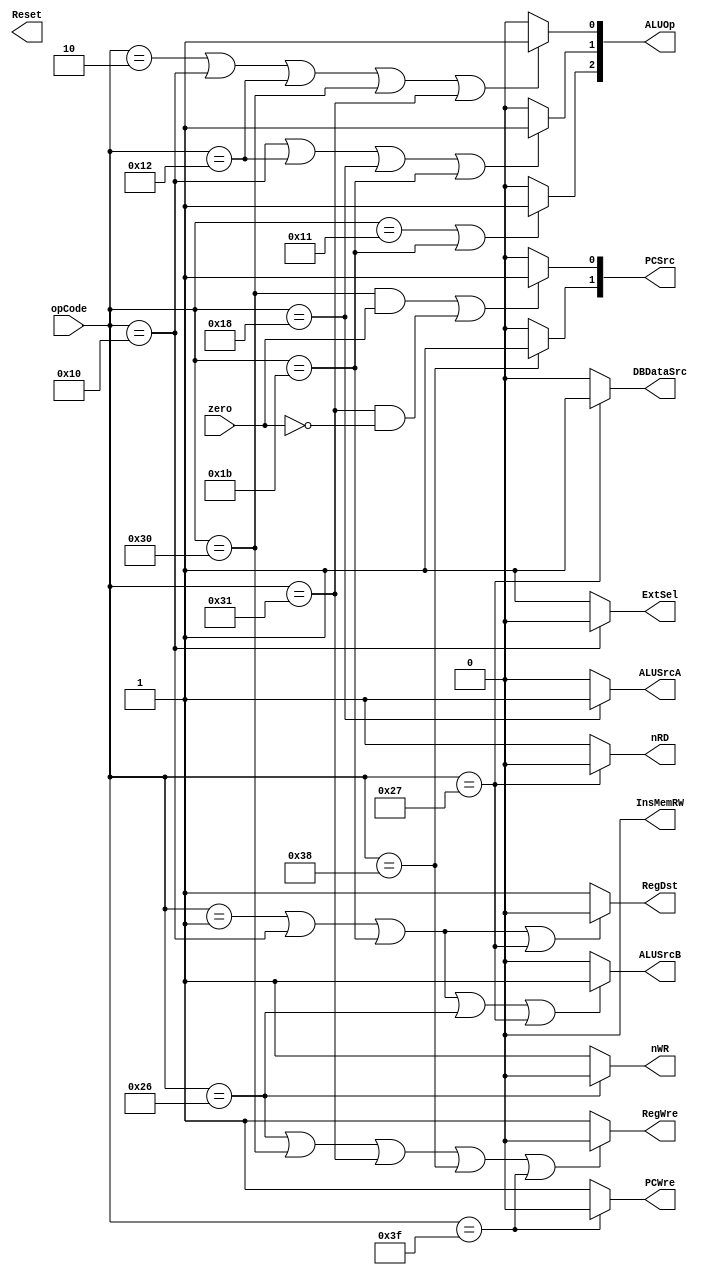
`timescale 1ns / 1ps
//////////////////////////////////////////////////////////////////////////////////
// Company: 
// Engineer: 
// 
// Design Name: 
// Module Name: ControlUnit
// Project Name: 
// Target Devices: 
// Tool Versions: 
// Description: 
// 
// Dependencies: 
// 
// Revision:
// Revision 0.01 - File Created
// Additional Comments:
// 
//////////////////////////////////////////////////////////////////////////////////


module ControlUnit(
    input [5:0] opCode,
    input zero,
    output Reset,
    output PCWre,
    output ALUSrcA,
    output ALUSrcB,
    output DBDataSrc,
    output RegWre,
    output InsMemRW,
    output nRD,
    output nWR,
    output RegDst,
    output ExtSel,
    output [1:0] PCSrc,
    output [2:0] ALUOp
    );
    
    //assign Reset = 1;
    assign PCWre = (opCode == 6'b111111) ? 0 : 1;
    assign ALUSrcA = (opCode == 6'b011000) ? 1 : 0;
    assign ALUSrcB = (opCode == 6'b000001 || opCode == 6'b010000 || opCode == 6'b011011 || opCode == 6'b100110 || opCode == 6'b100111) ? 1 : 0;
    assign DBDataSrc = (opCode == 6'b100111) ? 1 : 0;
    assign RegWre = (opCode == 6'b100110 || opCode == 6'b110000 || opCode == 6'b110001 || opCode == 6'b111000 || opCode == 6'b111111) ? 0 : 1;
    assign InsMemRW = 0;
    assign nRD = (opCode == 6'b100111) ? 0 : 1;
    assign nWR = (opCode == 6'b100110) ? 0 : 1; 
    assign RegDst = (opCode == 6'b000001 || opCode == 6'b010000 || opCode == 6'b011011 || opCode == 6'b100111) ? 0 : 1;
    assign ExtSel = (opCode == 6'b010000) ? 0 : 1;
    assign PCSrc[1] = (opCode == 6'b111000) ? 1 : 0;
    assign PCSrc[0] = (((opCode == 6'b110000 && zero == 1) || (opCode == 6'b110001 && zero == 0))) ? 1 : 0;
    assign ALUOp[2] = (opCode == 6'b010001 || opCode == 6'b011011) ? 1 : 0;
    assign ALUOp[1] = (opCode == 6'b010000 || opCode == 6'b010010 || opCode == 6'b011000 || opCode == 6'b011011) ? 1 : 0;
    assign ALUOp[0] = (opCode == 6'b000010 || opCode == 6'b010000 || opCode == 6'b010010 || opCode == 6'b110000 || opCode == 6'b110001) ? 1 : 0;
endmodule